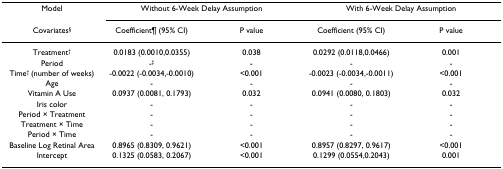
<table><thead><tr><td><b>Model</b></td><td colspan="2"><b>Without 6-Week Delay Assumption</b></td><td colspan="2"><b>With 6-Week Delay Assumption</b></td></tr><tr><td><b>Covariates<sup>§</sup></b></td><td><b>Coefficient¶ (95% CI)</b></td><td><b>P value</b></td><td><b>Coefficient (95% CI)</b></td><td><b>P value</b></td></tr></thead><tbody><tr><td>Treatment<sup>†</sup></td><td>0.0183 (0.0010,0.0355)</td><td>0.038</td><td>0.0292 (0.0118,0.0466)</td><td>0.001</td></tr><tr><td>Period</td><td>-<sup>‡</sup></td><td>-</td><td>-</td><td>-</td></tr><tr><td>Time<sup>† </sup>(number of weeks)</td><td>-0.0022 (-0.0034,-0.0010)</td><td>&lt;0.001</td><td>-0.0023 (-0.0034,-0.0011)</td><td>&lt;0.001</td></tr><tr><td>Age</td><td>-</td><td>-</td><td>-</td><td>-</td></tr><tr><td>Vitamin A Use</td><td>0.0937 (0.0081, 0.1793)</td><td>0.032</td><td>0.0941 (0.0080, 0.1803)</td><td>0.032</td></tr><tr><td>Iris color</td><td>-</td><td>-</td><td>-</td><td>-</td></tr><tr><td>Period × Treatment</td><td>-</td><td>-</td><td>-</td><td>-</td></tr><tr><td>Treatment × Time</td><td>-</td><td>-</td><td>-</td><td>-</td></tr><tr><td>Period × Time</td><td>-</td><td>-</td><td>-</td><td>-</td></tr><tr><td>Baseline Log Retinal Area</td><td>0.8965 (0.8309, 0.9621)</td><td>&lt;0.001</td><td>0.8957 (0.8297, 0.9617)</td><td>&lt;0.001</td></tr><tr><td>Intercept</td><td>0.1325 (0.0583, 0.2067)</td><td>&lt;0.001</td><td>0.1299 (0.0554,0.2043)</td><td>0.001</td></tr></tbody></table>